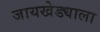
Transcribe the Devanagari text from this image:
जायखेड्याला